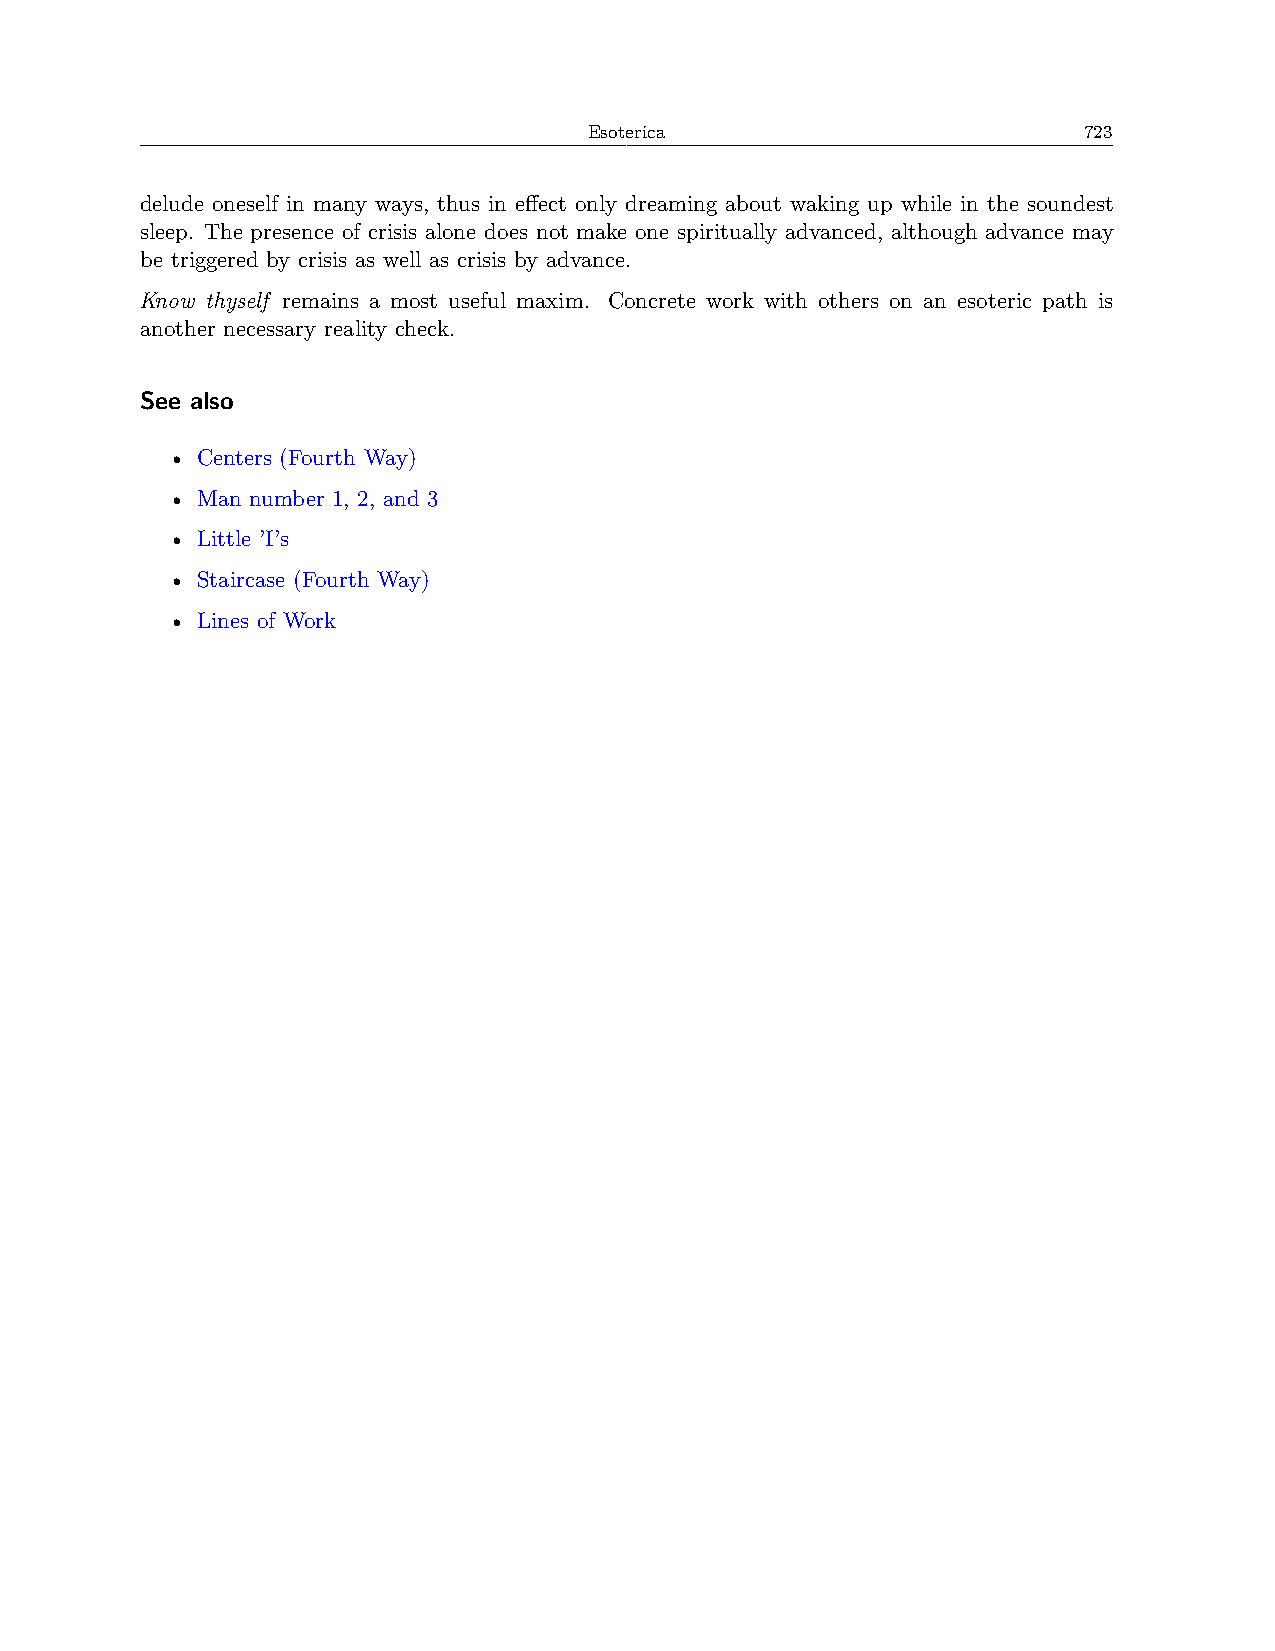
Esoterica                        723
 delude oneself in many ways, thus in effect only dreaming about waking up while in the soundest
 sleep. The presence of crisis alone does not make one spiritually advanced, although advance may
 be triggered by crisis as well as crisis by advance.
 Know thyself remains a most useful maxim. Concrete work with others on an esoteric path is
 another necessary reality check.
 See also
 • Centers (Fourth Way)
 • Man number 1, 2, and 3
 • Little ’I’s
 • Staircase (Fourth Way)
 • Lines of Work